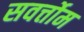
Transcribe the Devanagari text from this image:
सवर्त्तोम